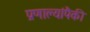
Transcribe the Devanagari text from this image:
प्रणाल्यांपैकी